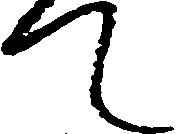
て